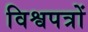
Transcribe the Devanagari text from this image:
विश्वपत्रों